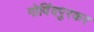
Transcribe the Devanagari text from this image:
गोविंदपुरकर